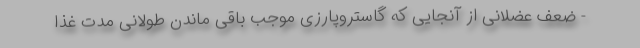
- ضعف عضلانی از آنجایی که گاستروپارزی موجب باقی ماندن طولانی مدت غذا